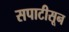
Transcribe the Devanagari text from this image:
सपाटीसून